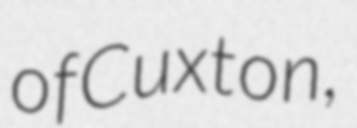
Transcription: of Cuxton,